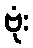
ဗုံး